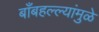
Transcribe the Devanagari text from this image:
बाँबहल्ल्यांमुळे